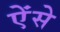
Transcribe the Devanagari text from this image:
ऐंसे